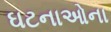
ઘટનાઓના